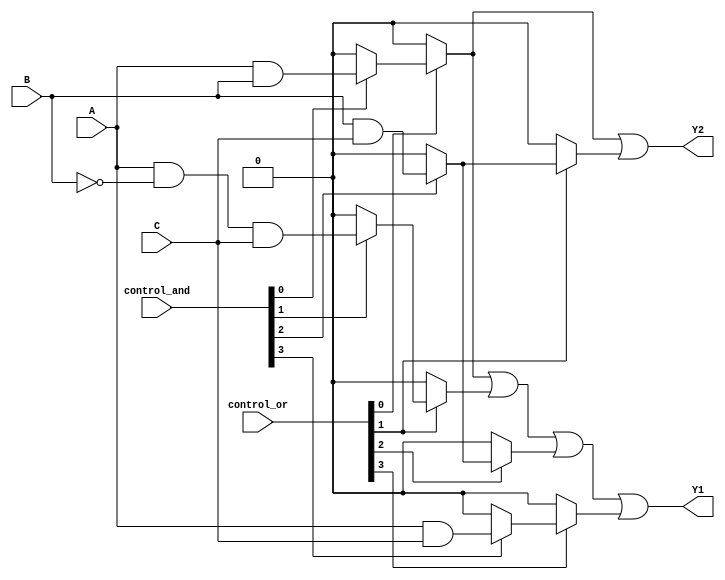
module PLA (
    input wire A,      // Input variable A
    input wire B,      // Input variable B
    input wire C,      // Input variable C
    input wire [3:0] control_and, // Control signals for AND array
    input wire [3:0] control_or,  // Control signals for OR array
    output wire Y1,    // Output variable Y1
    output wire Y2     // Output variable Y2
);

// Programmable AND Array
wire p1, p2, p3, p4; // Product terms

assign p1 = control_and[0] ? (A & B) : 1'b0; // AND term 1: A AND B
assign p2 = control_and[1] ? (A & ~B & C) : 1'b0; // AND term 2: A AND NOT B AND C
assign p3 = control_and[2] ? (B & C) : 1'b0; // AND term 3: B AND C
assign p4 = control_and[3] ? (A & C) : 1'b0; // AND term 4: A AND C

// Programmable OR Array
assign Y1 = (control_or[0] ? p1 : 1'b0) |
            (control_or[1] ? p2 : 1'b0) |
            (control_or[2] ? p3 : 1'b0) |
            (control_or[3] ? p4 : 1'b0); // Output Y1

assign Y2 = (control_or[0] ? p1 : 1'b0) |
            (control_or[1] ? p3 : 1'b0); // Output Y2 (example of different combination)

// Additional outputs can be defined similarly

endmodule